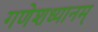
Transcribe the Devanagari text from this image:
गणेशध्यानम्